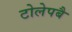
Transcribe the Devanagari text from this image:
टोलेपबै